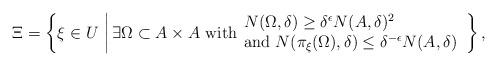
LaTeX: \begin{align*}\Xi = \left\{ \xi\in U \,\left|\, \exists \Omega\subset A\times A \ \mbox{with}\begin{array}{l}N(\Omega,\delta)\geq\delta^{\epsilon}N(A,\delta)^2 \\\mbox{and}\ N(\pi_\xi(\Omega),\delta)\leq\delta^{-\epsilon}N(A,\delta)\end{array}\right.\right\},\end{align*}